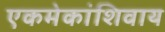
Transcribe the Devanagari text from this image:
एकमेकांशिवाय